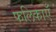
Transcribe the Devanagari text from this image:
फलिकाएँ